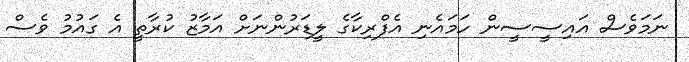
ނަމަވެސް އައިސީސީން ހަމައެނި އެފްރިކާގެ ލީޑަރުންނަށް އަމާޒު ކުރާތީ އެ ގައުމު ވެސް